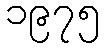
၁၉၇၅